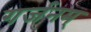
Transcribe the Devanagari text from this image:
गर्जनम्‌